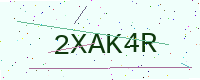
Text: 2XAK4R